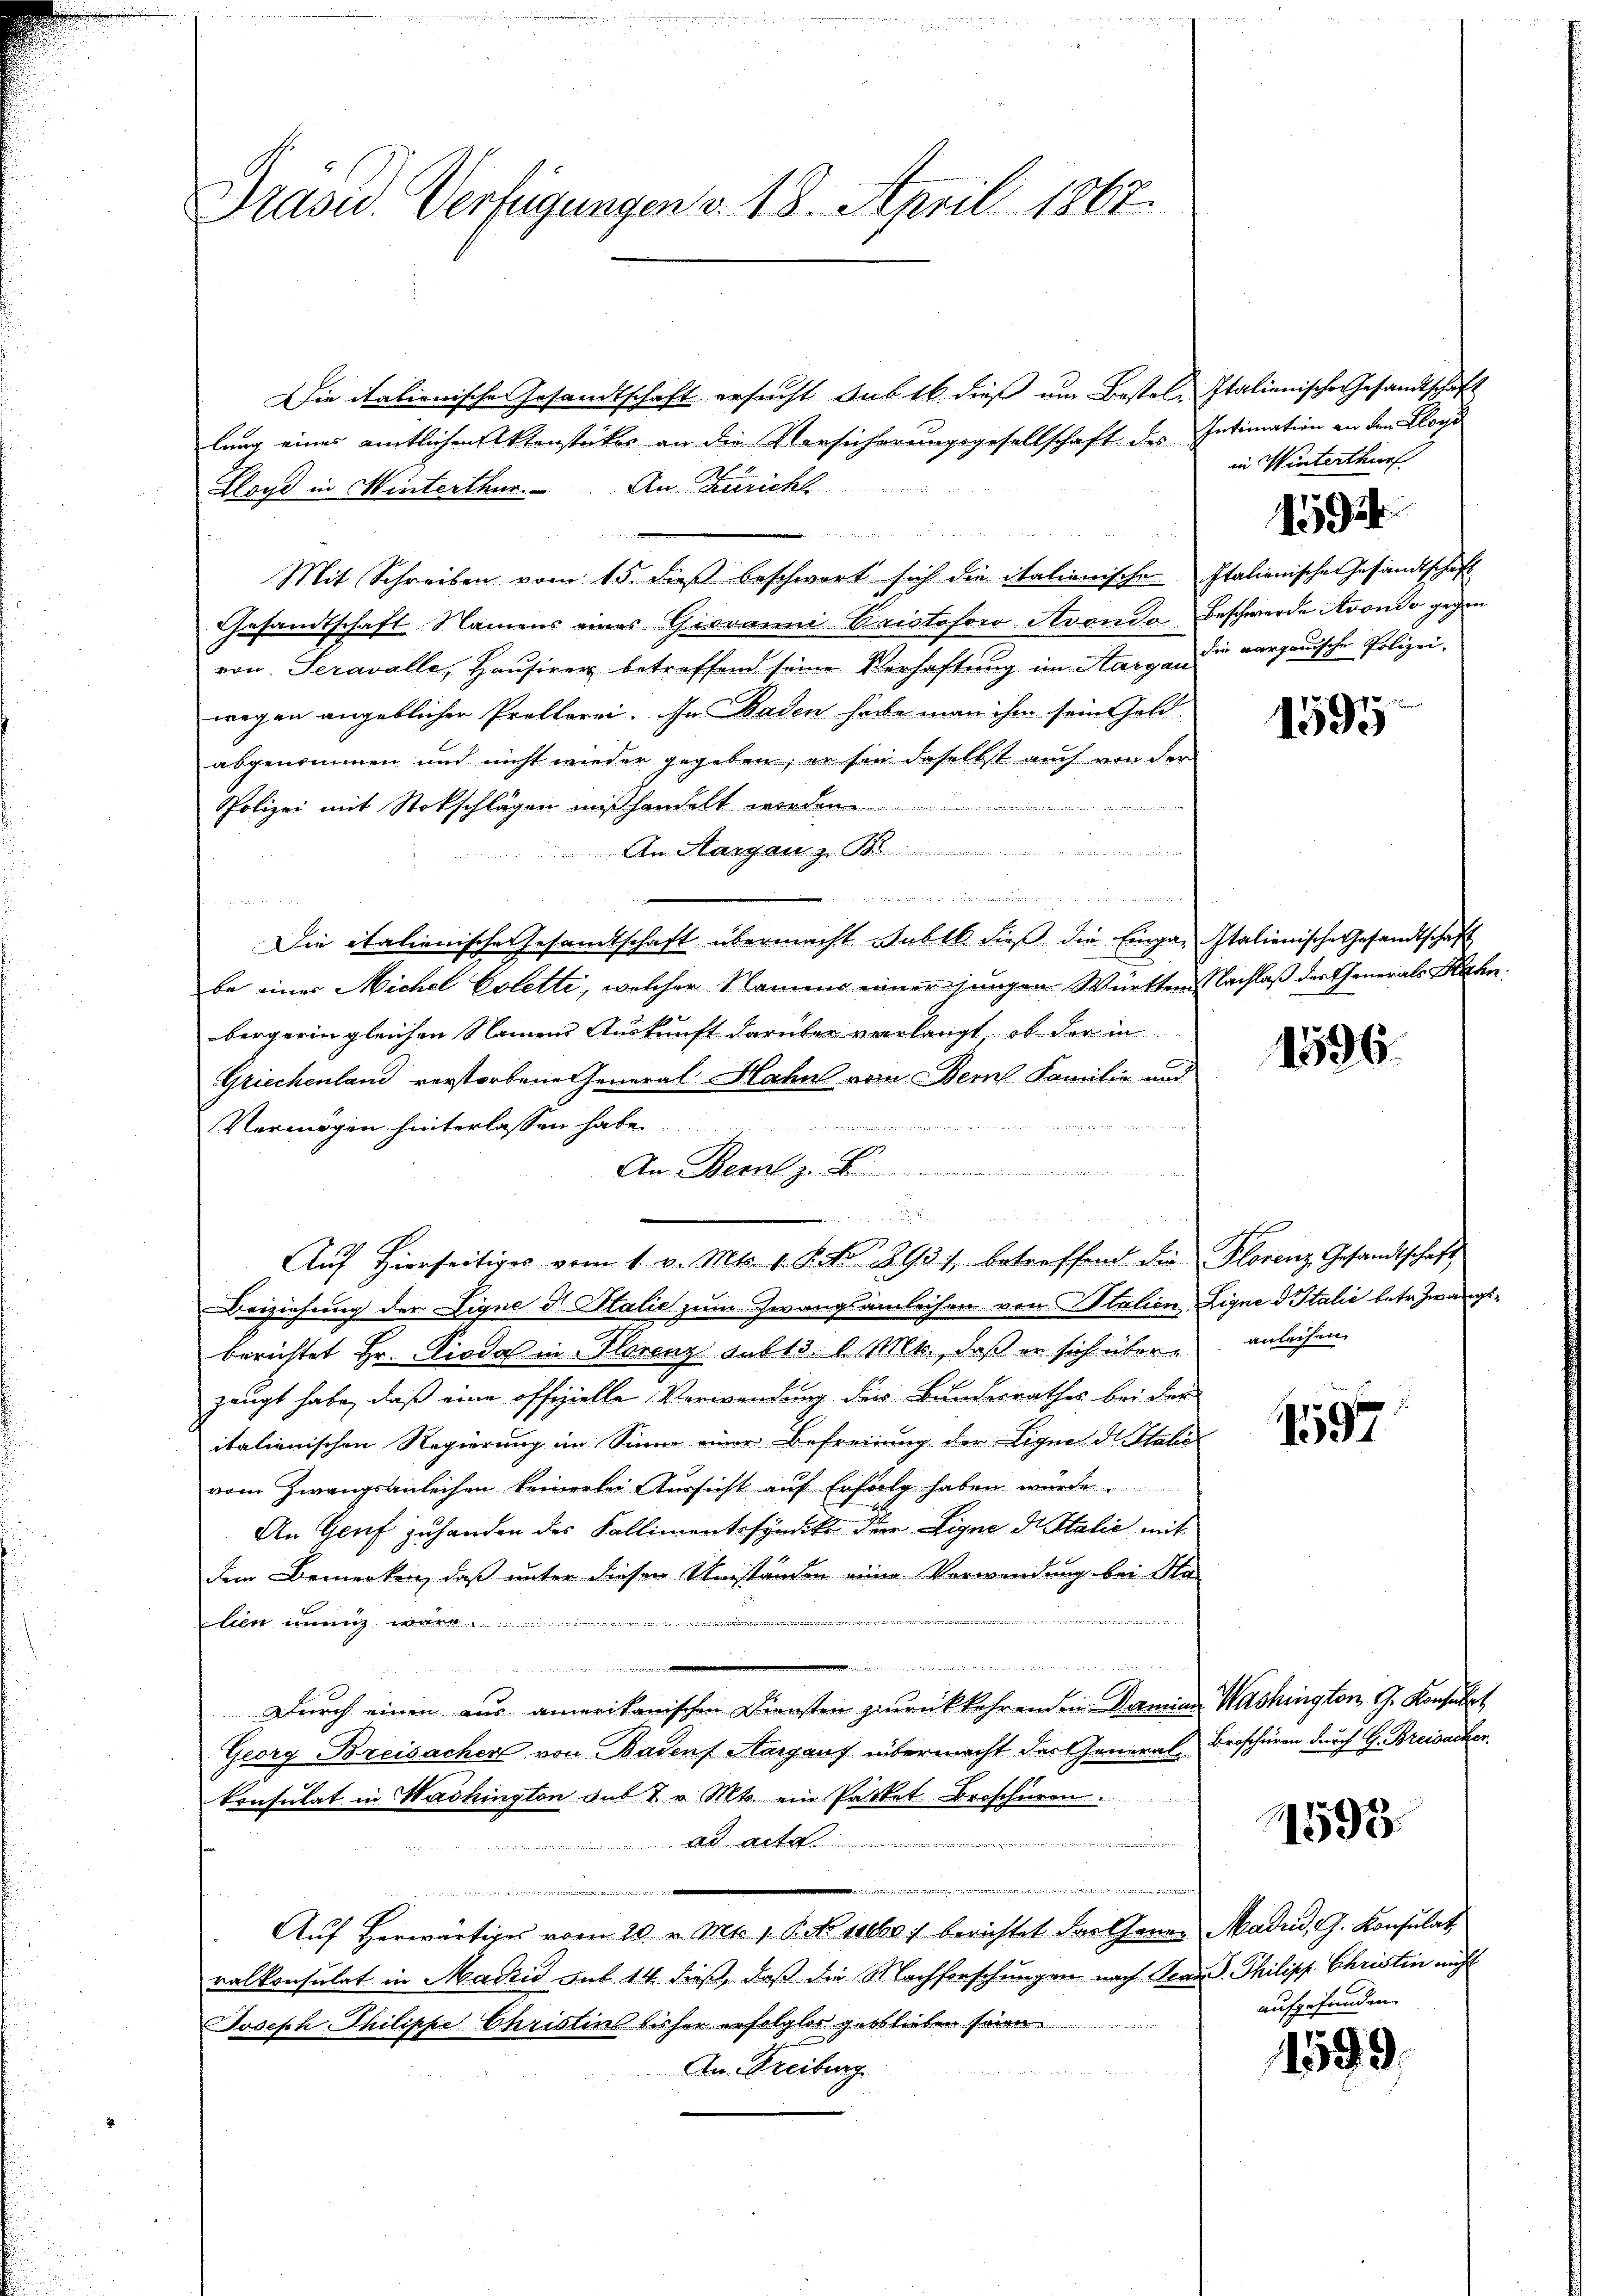
Präsid. Verfügungen v. 18. April 1807.

Die italienische Gesandtschaft ersucht sub 16. dieß um Bestel-Italienische Gesandtschaft
lung eines amtlichen Aktenstückes an die Versicherungsgesellschaft des Intimation an den Klage
Hand in Winterthur. An Züricht

Mit Schreiben vom 15. dieβ beschwort sich die italienische Italienische Gesandtschaft
Gesandtschaft Namens eines Giovanni-Pristofowo Avondo Beschwerde Avondo gegen
von Seravalle, Hausirer betreffend seine Verhaftung im Aargau die aargauische Polizei-
wegen angeblicher Prollerei. In Baden habe man ihm sein Geld
abgenommen und nicht wieder gegeben, er sie daselbst auch von der
Polizei mit Stockschlägen mißhandelt werden
An Margau zu B
ed in den an d
Die italienische Gesamtschaft übermacht aber dieß die Einga, Italienische Gesandtschaft
be einer Michel Coletti, welcher Namens einer jungen Württem Sachlaß der Generals Bahn
bergerin gleichen Namens Auskunft darüber verlangt, ob der in
C
Griechenland verstorbene General Hahn von Bern Familie und
Vermögen hinterlassen habe.
de
An Bern z. B
Beiziehung der Eigne d. Stalie zum Zwangsamleihen von Italien Ligne d Italić betr. Zwangsberichtet Hr. Kioda in Florenz aus 13. d. Mts., daß er sich überzeugt habe, daß eine offizielle Verwendung der Bundesrathes bei der
italienischen Regierung im Sinne einer Befreiung der Ligne di Stabe
vom Zwangsanleihen keinerlei Aussicht auf Erfolg haben wurde.
An Genf zuhanden des Kallimentssyndike der Eigne dr Italić mit
dem Bemerken, daß unter diesen Umständen eine Vorwendung bei Sta-
lien in

u
Durch einen aus amerikanischen Diensten zurükkehrenden Damian
Georg Breisacher von Badens Aargauf übermacht der General Broschüren durch G. Breisacher.
Consulat in Washington sub 7 v. Mts. ein Partet Broschüren.
A
u
r er
.
Auf Herwärtiges vom 20. v. Mts. 1. P. No 11660 / berichtet der Gener Madri, G. Konsulat
ralkonsulat in Madri sub 14 dieß, daß die Nachforschungen nach Frau S. Philipp Christen nicht
Joseph Philippe Christin bisher erfolglos geblieben sonn
An Freiburg

in un
Auf hierseitiges vom 1. v. Mts. v. P. Nr. 1893), betreffend die Plorenz Gesandtschaft

in Winterthur

1592

1595

1596.

anleihen.

1597

Washington G. Konsult

1595.

aufgefunden.

1599.